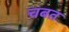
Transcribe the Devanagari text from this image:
चबत